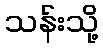
သန်းသို့